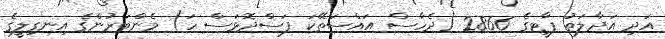
އަދި އަދާލަތު ޕާޓީގެ 2866 (ދެހާސް އައްސަތޭކަ ފަސްދޮޅަސް ހަ) މެންބަރުންގެ އިނގިލީގެ